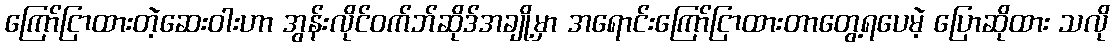
ကြော်ငြာထားတဲ့ဆေးဝါးဟာ အွန်းလိုင်ဝက်ဘ်ဆိုဒ်အချို့မှာ အရောင်းကြော်ငြာထားတာတွေ့ရပေမဲ့ ပြောဆိုထား သလို